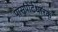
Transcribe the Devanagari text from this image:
पासपोर्टधारक